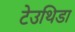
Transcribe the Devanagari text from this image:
टेउथिडा